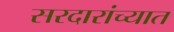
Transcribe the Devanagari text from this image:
सरदारांच्यात